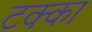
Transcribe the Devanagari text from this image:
टक्‍का